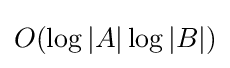
O(\log |A|\log |B|)